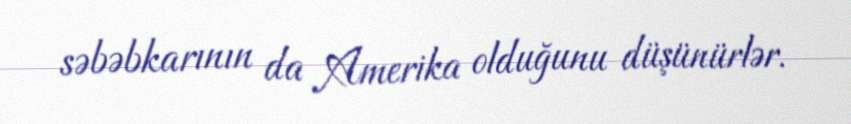
səbəbkarının da Amerika olduğunu düşünürlər.